Civil Veterinary Dept. Bombay admin report 1932-41 - 1932-1941
Year: 1932
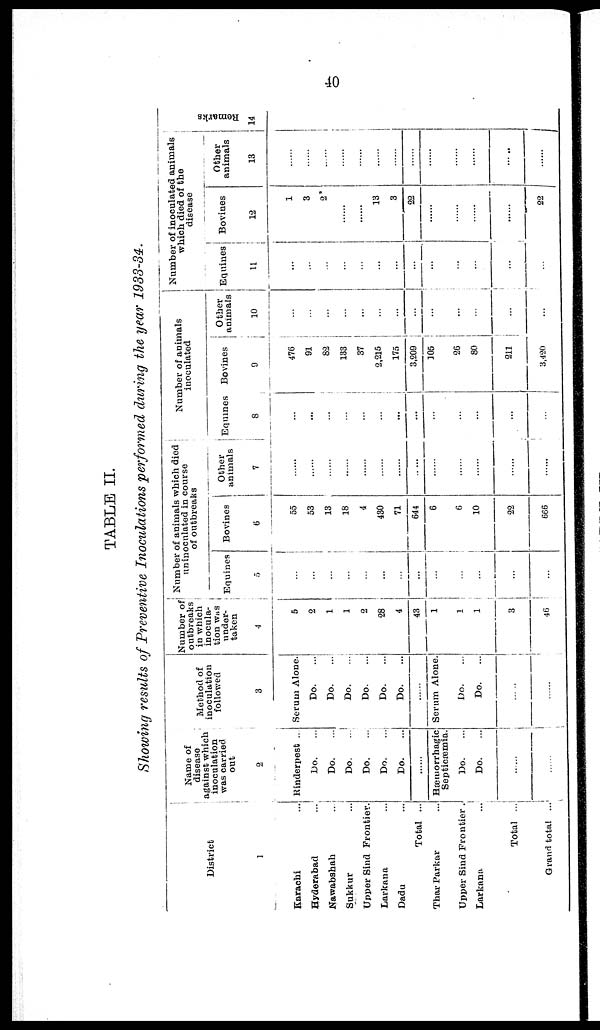
40
TABLE II.
Showing results of Preventive Inoculations performed during the year 1933-34.
District
1
Karachi ...
Hyderabad ...
Nawabshah ...
Sukkur ...
Upper Bind Frontier.
Larkana ...
Dadu ...
Total ...
Thar Parkar ...
Upper Sind Frontier .
Larkana ...
Total ...
Grand total ...
Name of
disease
against which
inoculation
was carried
out
2
Rinderpest ...
Do.
...
Do.
...
Do.
...
Do. ...
Do. ...
Do. ...
Hæmorrhagic
Septicæmia.
Do. ...
Do. ...
......
......
Method of
inoculation
followed
3
Serum Alone.
Do. ...
Do. ...
Do. ...
Do. ...
Do. ...
Do. ...
Serum Alone.
Do. ...
Do.
...
......
Number of
outbreaks
in which
inocula-
tion was
under-
taken
4
5
2
1
1
2
28
4
43
1
1
1
3
46
Number of animals which died
uninoculated in course
of outbreaks
Equines
5
...
...
...
...
...
...
...
...
...
...
...
...
...
Bovines
6
55
53
13
18
4
430
71
644
6
6
10
22
666
Other
animals
7
...
...
...
...
...
...
...
...
...
...
...
...
...
...
Number of animals
inoculated
Equines
8
...
...
...
...
...
...
...
...
...
...
...
...
...
...
Bovines
9
476
91
82
133
37
2,215
175
3,209
105
26
80
211
3,420
Other
animals
10
...
...
...
...
...
...
...
...
...
...
...
...
...
Number of inoculated animals
which died of the
disease
Equines
11
...
...
...
...
...
...
...
...
...
...
...
...
...
Bovines
12
1
3
2
......
......
13
3
22
......
......
......
......
22
Other
animals
13
......
......
......
......
......
......
......
......
......
......
......
......
......
Remarks
14